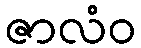
ဇာလံဝ